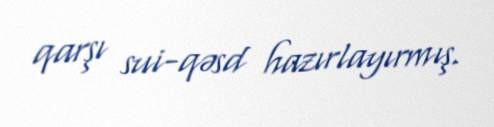
qarşı sui-qəsd hazırlayırmış.